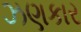
ઝણકાર